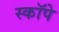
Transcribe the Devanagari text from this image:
स्कॉपे